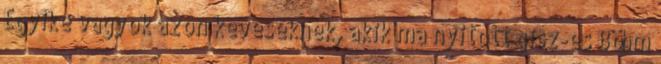
Egyike vagyok azon keveseknek, akik ma nyitott gisz-es Böhm